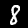
Label: 8